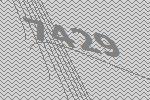
7429